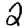
Digit: 2